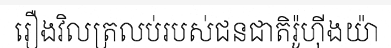
រឿងវិលត្រលប់របស់ជនជាតិរ៉ូហ៊ីងយ៉ា